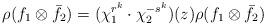
LaTeX: \begin{align*} \rho(f_1\otimes \bar f_2)=(\chi_1^{r^k}\cdot\chi_2^{-s^k})(z)\rho(f_1\otimes \bar f_2) \end{align*}